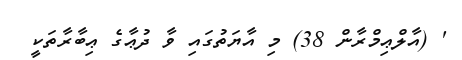
' (އާލްޢިމްރާން 38) މި އާޔަތުގައި ވާ ދުޢާގެ ޢިބާރާތަކީ